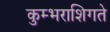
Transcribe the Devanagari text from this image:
कुम्भराशिगते